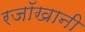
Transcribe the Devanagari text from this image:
रजॉखानी